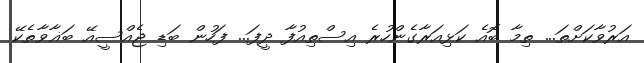
އަރުވާކަށްތަ... ތިމާ ބޮއެ ކަޅިއަރާގެންހުރެ އިސްތިއުފާ ދީފަ... ފަހުން ބަޑި ޖެއްސީއޭ ބަޣާވާތެކޭ